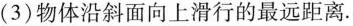
(3)物体沿斜面向上滑行的最远距离.